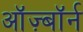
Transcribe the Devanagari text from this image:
ऑज़्बॉर्न